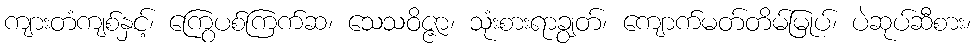
ကျားတံကျစ်နှင့်၊ ကြွေပစ်ကြက်ဆ၊ သေသဝိဇ္ဇာ၊ သုံးစားရာချွတ်၊ ကျောက်မတ်တိမ်မြုပ်၊ ပဲဆုပ်ဆီစား၊